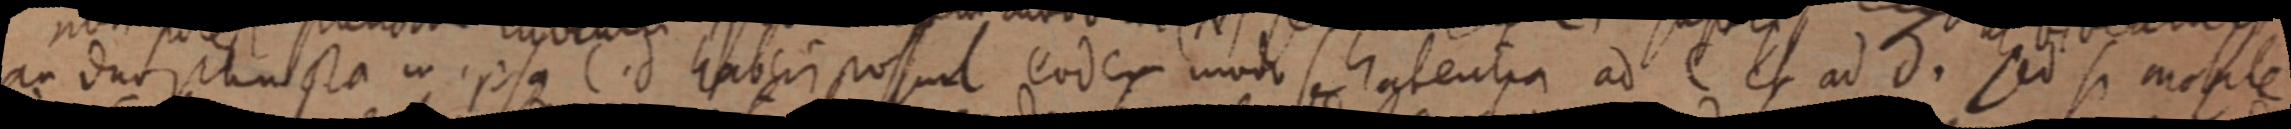
an duo puncta in ipsa C. d haberi possunt eodem modo se habentia ad C et ad d. sed si mobile